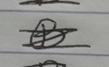
Signature authenticity: forged